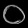
Digit: ၀